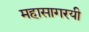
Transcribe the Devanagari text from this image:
महासागरयी